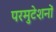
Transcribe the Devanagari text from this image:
परमुटेशनों